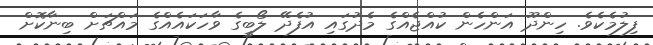
ފިލުމެކެވެ. ހިންދޫ އަންހެން ކުއްޖެއްގެ މެދުގައި އުފެދޭ ލޯބީގެ ވާހަކައެއްގެ މައްޗަށް ބިނާކޮށް